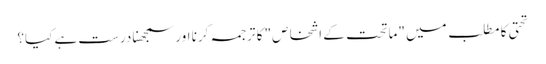
تحتی کا مطلب میں "ماتحت کے اشخاص" کا ترجمہ کرنا اور سمجھنا درست ہے کیا؟